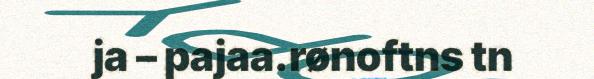
ja – pajaa.rønoftns tn